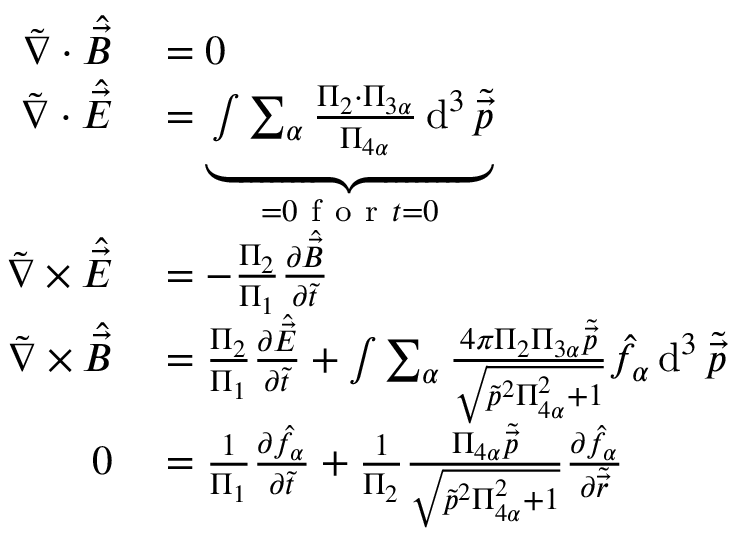
\begin{array} { r l } { \tilde { \nabla } \cdot \hat { \vec { B } } } & { { } = 0 } \\ { \tilde { \nabla } \cdot \hat { \vec { E } } } & { { } = \underbrace { \int \sum _ { \alpha } \frac { \Pi _ { 2 } \cdot \Pi _ { 3 \alpha } } { \Pi _ { 4 \alpha } } \operatorname { d } ^ { 3 } \tilde { \vec { p } } } _ { = 0 \mathrm { ~ f ~ o ~ r ~ } t = 0 } } \\ { \tilde { \nabla } \times \hat { \vec { E } } } & { { } = - \frac { \Pi _ { 2 } } { \Pi _ { 1 } } \frac { \partial \hat { \vec { B } } } { \partial \tilde { t } } } \\ { \tilde { \nabla } \times \hat { \vec { B } } } & { { } = \frac { \Pi _ { 2 } } { \Pi _ { 1 } } \frac { \partial \hat { \vec { E } } } { \partial \tilde { t } } + \int \sum _ { \alpha } \frac { 4 \pi \Pi _ { 2 } \Pi _ { 3 \alpha } \tilde { \vec { p } } } { \sqrt { \tilde { p } ^ { 2 } \Pi _ { 4 \alpha } ^ { 2 } + 1 } } \hat { f } _ { \alpha } \operatorname { d } ^ { 3 } \tilde { \vec { p } } } \\ { 0 } & { { } = \frac { 1 } { \Pi _ { 1 } } \frac { \partial \hat { f } _ { \alpha } } { \partial \tilde { t } } + \frac { 1 } { \Pi _ { 2 } } \frac { \Pi _ { 4 \alpha } \tilde { \vec { p } } } { \sqrt { \tilde { p } ^ { 2 } \Pi _ { 4 \alpha } ^ { 2 } + 1 } } \frac { \partial \hat { f } _ { \alpha } } { \partial \tilde { \vec { r } } } } \end{array}